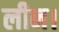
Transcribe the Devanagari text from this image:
लीन।